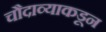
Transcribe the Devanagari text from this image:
चौदाव्याकडून